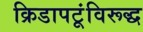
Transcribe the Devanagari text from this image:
क्रिडापटूंविरूद्ध